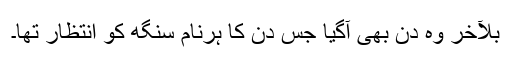
بلآخر وہ دن بھی آگیا جس دن کا ہرنام سنگھ کو انتظار تھا۔